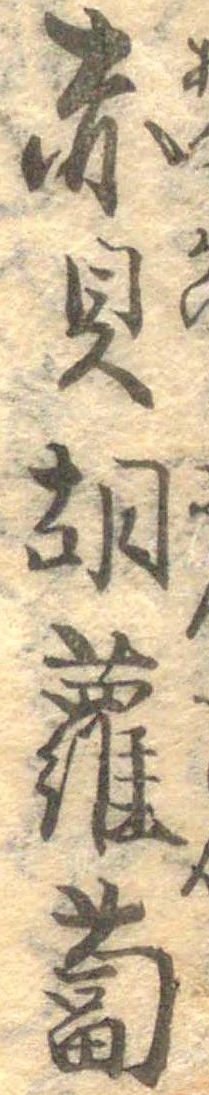
赤貝胡蘿蔔